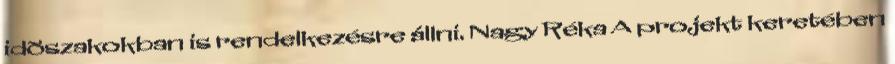
idõszakokban is rendelkezésre állni. Nagy Réka A projekt keretében